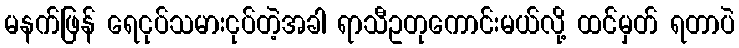
မနက်ဖြန် ရေငုပ်သမားငုပ်တဲ့အခါ ရာသီဥတုကောင်းမယ်လို့ ထင်မှတ် ရတာပဲ